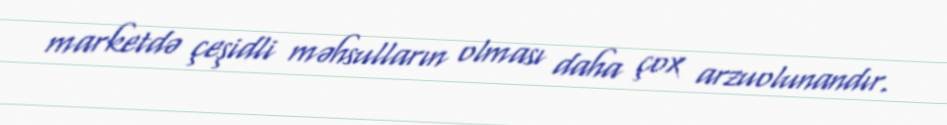
marketdə çeşidli məhsulların olması daha çox arzuolunandır.